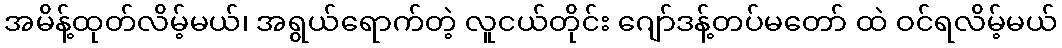
အမိန့်ထုတ်လိမ့်မယ်၊ အရွယ်ရောက်တဲ့ လူငယ်တိုင်း ဂျော်ဒန့်တပ်မတော် ထဲ ဝင်ရလိမ့်မယ်